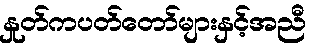
နှုတ်ကပတ်တော်များနှင့်အညီ